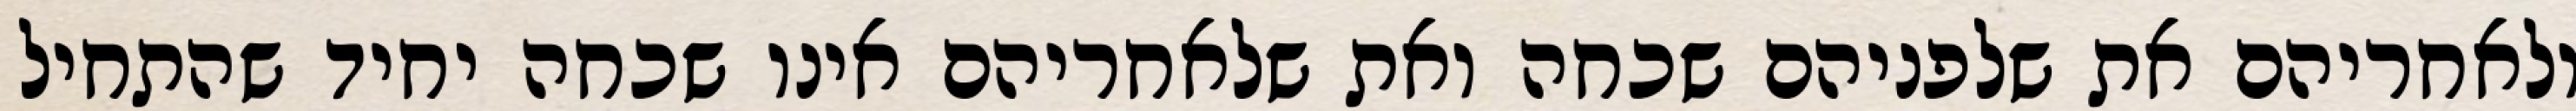
ולאחריהם את שלפניהם שכחה ואת שלאחריהם אינו שכחה יחיד שהתחיל